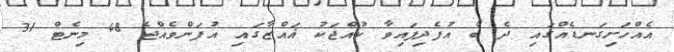
އެއްހަށިގަނޑެއްގައި ދެ ބޯ އުފެދިފައިވާ ކުއްޖަކު ޣައްޒާގައި އުފަންވެއްޖެ 48 މިނެޓް 31